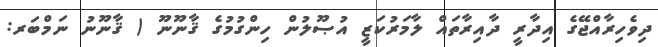
ދިވެހިރާއްޖޭގެ އިދާރީ ދާއިރާތައް ލާމަރުކަޒީ އުޞޫލުން ހިންގުމުގެ ޤާނޫނޫ ( ޤާނޫނު ނަމްބަރ: